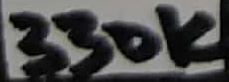
Text: 330K